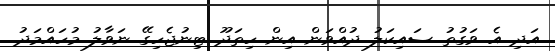
އަދި އެ ވަގުތު ސައިކަލު ދުއްވަން އިން ހިތަދޫ ޓިނުޖެހިގޭ ނަވާލު މުހައްމަދު